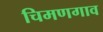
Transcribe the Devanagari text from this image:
चिमणगाव